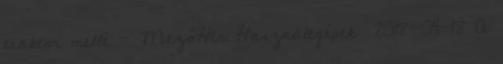
traktor mellé - MezőHír Használtgépek 2018-04-18 A